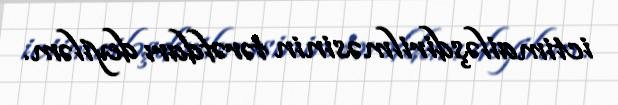
ictimailəşdirilməsinin tərəfdarı deyiləm.